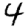
Digit: 4